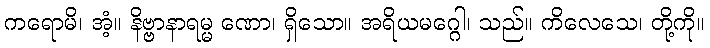
ကရောမိ၊ အံ့။ နိဗ္ဗာနာရမ္မ ဏော၊ ရှိသော။ အရိယမဂ္ဂေါ၊ သည်။ ကိလေသေ၊ တို့ကို။